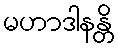
မဟာဒါနန္တိ